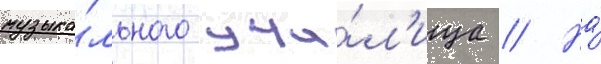
музыка́льного учи́л'ища // На́